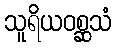
သူရိယဝစ္ဆသံ